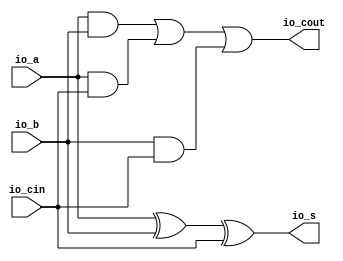
module FA( // @[:@3.2]
  output  io_s, // @[:@6.4]
  output  io_cout, // @[:@6.4]
  input   io_a, // @[:@6.4]
  input   io_b, // @[:@6.4]
  input   io_cin // @[:@6.4]
);
  wire  _T_15; // @[RA_Mul.scala 36:16:@8.4]
  wire  _T_17; // @[RA_Mul.scala 37:20:@11.4]
  wire  _T_18; // @[RA_Mul.scala 37:36:@12.4]
  wire  _T_19; // @[RA_Mul.scala 37:28:@13.4]
  wire  _T_20; // @[RA_Mul.scala 37:54:@14.4]
  assign _T_15 = io_a ^ io_b; // @[RA_Mul.scala 36:16:@8.4]
  assign _T_17 = io_a & io_b; // @[RA_Mul.scala 37:20:@11.4]
  assign _T_18 = io_a & io_cin; // @[RA_Mul.scala 37:36:@12.4]
  assign _T_19 = _T_17 | _T_18; // @[RA_Mul.scala 37:28:@13.4]
  assign _T_20 = io_b & io_cin; // @[RA_Mul.scala 37:54:@14.4]
  assign io_s = _T_15 ^ io_cin; // @[RA_Mul.scala 36:8:@10.4]
  assign io_cout = _T_19 | _T_20; // @[RA_Mul.scala 37:11:@16.4]
endmodule
module RCA( // @[:@78.2]
  input  [4:0] io_A, // @[:@81.4]
  input  [4:0] io_B, // @[:@81.4]
  input        io_Cin, // @[:@81.4]
  output       io_Cout, // @[:@81.4]
  output [4:0] io_S // @[:@81.4]
);
  wire  FAs_0_io_s; // @[CSLA28.scala 39:35:@83.4]
  wire  FAs_0_io_cout; // @[CSLA28.scala 39:35:@83.4]
  wire  FAs_0_io_a; // @[CSLA28.scala 39:35:@83.4]
  wire  FAs_0_io_b; // @[CSLA28.scala 39:35:@83.4]
  wire  FAs_0_io_cin; // @[CSLA28.scala 39:35:@83.4]
  wire  FAs_1_io_s; // @[CSLA28.scala 39:35:@86.4]
  wire  FAs_1_io_cout; // @[CSLA28.scala 39:35:@86.4]
  wire  FAs_1_io_a; // @[CSLA28.scala 39:35:@86.4]
  wire  FAs_1_io_b; // @[CSLA28.scala 39:35:@86.4]
  wire  FAs_1_io_cin; // @[CSLA28.scala 39:35:@86.4]
  wire  FAs_2_io_s; // @[CSLA28.scala 39:35:@89.4]
  wire  FAs_2_io_cout; // @[CSLA28.scala 39:35:@89.4]
  wire  FAs_2_io_a; // @[CSLA28.scala 39:35:@89.4]
  wire  FAs_2_io_b; // @[CSLA28.scala 39:35:@89.4]
  wire  FAs_2_io_cin; // @[CSLA28.scala 39:35:@89.4]
  wire  FAs_3_io_s; // @[CSLA28.scala 39:35:@92.4]
  wire  FAs_3_io_cout; // @[CSLA28.scala 39:35:@92.4]
  wire  FAs_3_io_a; // @[CSLA28.scala 39:35:@92.4]
  wire  FAs_3_io_b; // @[CSLA28.scala 39:35:@92.4]
  wire  FAs_3_io_cin; // @[CSLA28.scala 39:35:@92.4]
  wire  FAs_4_io_s; // @[CSLA28.scala 39:35:@95.4]
  wire  FAs_4_io_cout; // @[CSLA28.scala 39:35:@95.4]
  wire  FAs_4_io_a; // @[CSLA28.scala 39:35:@95.4]
  wire  FAs_4_io_b; // @[CSLA28.scala 39:35:@95.4]
  wire  FAs_4_io_cin; // @[CSLA28.scala 39:35:@95.4]
  wire  S_v_1; // @[CSLA28.scala 40:17:@98.4 CSLA28.scala 49:12:@110.4]
  wire  S_v_0; // @[CSLA28.scala 40:17:@98.4 CSLA28.scala 44:10:@104.4]
  wire [1:0] _T_35; // @[CSLA28.scala 51:15:@129.4]
  wire  S_v_4; // @[CSLA28.scala 40:17:@98.4 CSLA28.scala 49:12:@128.4]
  wire  S_v_3; // @[CSLA28.scala 40:17:@98.4 CSLA28.scala 49:12:@122.4]
  wire [1:0] _T_36; // @[CSLA28.scala 51:15:@130.4]
  wire  S_v_2; // @[CSLA28.scala 40:17:@98.4 CSLA28.scala 49:12:@116.4]
  wire [2:0] _T_37; // @[CSLA28.scala 51:15:@131.4]
  FA FAs_0 ( // @[CSLA28.scala 39:35:@83.4]
    .io_s(FAs_0_io_s),
    .io_cout(FAs_0_io_cout),
    .io_a(FAs_0_io_a),
    .io_b(FAs_0_io_b),
    .io_cin(FAs_0_io_cin)
  );
  FA FAs_1 ( // @[CSLA28.scala 39:35:@86.4]
    .io_s(FAs_1_io_s),
    .io_cout(FAs_1_io_cout),
    .io_a(FAs_1_io_a),
    .io_b(FAs_1_io_b),
    .io_cin(FAs_1_io_cin)
  );
  FA FAs_2 ( // @[CSLA28.scala 39:35:@89.4]
    .io_s(FAs_2_io_s),
    .io_cout(FAs_2_io_cout),
    .io_a(FAs_2_io_a),
    .io_b(FAs_2_io_b),
    .io_cin(FAs_2_io_cin)
  );
  FA FAs_3 ( // @[CSLA28.scala 39:35:@92.4]
    .io_s(FAs_3_io_s),
    .io_cout(FAs_3_io_cout),
    .io_a(FAs_3_io_a),
    .io_b(FAs_3_io_b),
    .io_cin(FAs_3_io_cin)
  );
  FA FAs_4 ( // @[CSLA28.scala 39:35:@95.4]
    .io_s(FAs_4_io_s),
    .io_cout(FAs_4_io_cout),
    .io_a(FAs_4_io_a),
    .io_b(FAs_4_io_b),
    .io_cin(FAs_4_io_cin)
  );
  assign S_v_1 = FAs_1_io_s; // @[CSLA28.scala 40:17:@98.4 CSLA28.scala 49:12:@110.4]
  assign S_v_0 = FAs_0_io_s; // @[CSLA28.scala 40:17:@98.4 CSLA28.scala 44:10:@104.4]
  assign _T_35 = {S_v_1,S_v_0}; // @[CSLA28.scala 51:15:@129.4]
  assign S_v_4 = FAs_4_io_s; // @[CSLA28.scala 40:17:@98.4 CSLA28.scala 49:12:@128.4]
  assign S_v_3 = FAs_3_io_s; // @[CSLA28.scala 40:17:@98.4 CSLA28.scala 49:12:@122.4]
  assign _T_36 = {S_v_4,S_v_3}; // @[CSLA28.scala 51:15:@130.4]
  assign S_v_2 = FAs_2_io_s; // @[CSLA28.scala 40:17:@98.4 CSLA28.scala 49:12:@116.4]
  assign _T_37 = {_T_36,S_v_2}; // @[CSLA28.scala 51:15:@131.4]
  assign io_Cout = FAs_4_io_cout; // @[CSLA28.scala 52:11:@134.4]
  assign io_S = {_T_37,_T_35}; // @[CSLA28.scala 51:8:@133.4]
  assign FAs_0_io_a = io_A[0]; // @[CSLA28.scala 41:15:@100.4]
  assign FAs_0_io_b = io_B[0]; // @[CSLA28.scala 42:15:@102.4]
  assign FAs_0_io_cin = io_Cin; // @[CSLA28.scala 43:17:@103.4]
  assign FAs_1_io_a = io_A[1]; // @[CSLA28.scala 46:17:@106.4]
  assign FAs_1_io_b = io_B[1]; // @[CSLA28.scala 47:17:@108.4]
  assign FAs_1_io_cin = FAs_0_io_cout; // @[CSLA28.scala 48:19:@109.4]
  assign FAs_2_io_a = io_A[2]; // @[CSLA28.scala 46:17:@112.4]
  assign FAs_2_io_b = io_B[2]; // @[CSLA28.scala 47:17:@114.4]
  assign FAs_2_io_cin = FAs_1_io_cout; // @[CSLA28.scala 48:19:@115.4]
  assign FAs_3_io_a = io_A[3]; // @[CSLA28.scala 46:17:@118.4]
  assign FAs_3_io_b = io_B[3]; // @[CSLA28.scala 47:17:@120.4]
  assign FAs_3_io_cin = FAs_2_io_cout; // @[CSLA28.scala 48:19:@121.4]
  assign FAs_4_io_a = io_A[4]; // @[CSLA28.scala 46:17:@124.4]
  assign FAs_4_io_b = io_B[4]; // @[CSLA28.scala 47:17:@126.4]
  assign FAs_4_io_cin = FAs_3_io_cout; // @[CSLA28.scala 48:19:@127.4]
endmodule
module CSLABlock( // @[:@402.2]
  input  [4:0] io_A, // @[:@405.4]
  input  [4:0] io_B, // @[:@405.4]
  input        io_Cin, // @[:@405.4]
  output       io_Cout, // @[:@405.4]
  output [4:0] io_S // @[:@405.4]
);
  wire [4:0] RCA_io_A; // @[CSLA28.scala 57:21:@411.4]
  wire [4:0] RCA_io_B; // @[CSLA28.scala 57:21:@411.4]
  wire  RCA_io_Cin; // @[CSLA28.scala 57:21:@411.4]
  wire  RCA_io_Cout; // @[CSLA28.scala 57:21:@411.4]
  wire [4:0] RCA_io_S; // @[CSLA28.scala 57:21:@411.4]
  wire [4:0] RCA_1_io_A; // @[CSLA28.scala 57:21:@419.4]
  wire [4:0] RCA_1_io_B; // @[CSLA28.scala 57:21:@419.4]
  wire  RCA_1_io_Cin; // @[CSLA28.scala 57:21:@419.4]
  wire  RCA_1_io_Cout; // @[CSLA28.scala 57:21:@419.4]
  wire [4:0] RCA_1_io_S; // @[CSLA28.scala 57:21:@419.4]
  wire [4:0] S_1; // @[CSLA28.scala 75:17:@408.4 CSLA28.scala 61:7:@425.4]
  wire [4:0] S_0; // @[CSLA28.scala 74:17:@407.4 CSLA28.scala 61:7:@417.4]
  wire  p; // @[CSLA28.scala 77:15:@410.4 CSLA28.scala 62:10:@426.4]
  wire  _T_22; // @[CSLA28.scala 81:17:@429.4]
  wire  g; // @[CSLA28.scala 76:15:@409.4 CSLA28.scala 62:10:@418.4]
  RCA RCA ( // @[CSLA28.scala 57:21:@411.4]
    .io_A(RCA_io_A),
    .io_B(RCA_io_B),
    .io_Cin(RCA_io_Cin),
    .io_Cout(RCA_io_Cout),
    .io_S(RCA_io_S)
  );
  RCA RCA_1 ( // @[CSLA28.scala 57:21:@419.4]
    .io_A(RCA_1_io_A),
    .io_B(RCA_1_io_B),
    .io_Cin(RCA_1_io_Cin),
    .io_Cout(RCA_1_io_Cout),
    .io_S(RCA_1_io_S)
  );
  assign S_1 = RCA_1_io_S; // @[CSLA28.scala 75:17:@408.4 CSLA28.scala 61:7:@425.4]
  assign S_0 = RCA_io_S; // @[CSLA28.scala 74:17:@407.4 CSLA28.scala 61:7:@417.4]
  assign p = RCA_1_io_Cout; // @[CSLA28.scala 77:15:@410.4 CSLA28.scala 62:10:@426.4]
  assign _T_22 = p & io_Cin; // @[CSLA28.scala 81:17:@429.4]
  assign g = RCA_io_Cout; // @[CSLA28.scala 76:15:@409.4 CSLA28.scala 62:10:@418.4]
  assign io_Cout = _T_22 | g; // @[CSLA28.scala 81:11:@431.4]
  assign io_S = io_Cin ? S_1 : S_0; // @[CSLA28.scala 80:8:@428.4]
  assign RCA_io_A = io_A; // @[CSLA28.scala 58:14:@414.4]
  assign RCA_io_B = io_B; // @[CSLA28.scala 59:14:@415.4]
  assign RCA_io_Cin = 1'h0; // @[CSLA28.scala 60:16:@416.4]
  assign RCA_1_io_A = io_A; // @[CSLA28.scala 58:14:@422.4]
  assign RCA_1_io_B = io_B; // @[CSLA28.scala 59:14:@423.4]
  assign RCA_1_io_Cin = 1'h1; // @[CSLA28.scala 60:16:@424.4]
endmodule
module RCA_3( // @[:@523.2]
  input  [5:0] io_A, // @[:@526.4]
  input  [5:0] io_B, // @[:@526.4]
  input        io_Cin, // @[:@526.4]
  output       io_Cout, // @[:@526.4]
  output [5:0] io_S // @[:@526.4]
);
  wire  FAs_0_io_s; // @[CSLA28.scala 39:35:@528.4]
  wire  FAs_0_io_cout; // @[CSLA28.scala 39:35:@528.4]
  wire  FAs_0_io_a; // @[CSLA28.scala 39:35:@528.4]
  wire  FAs_0_io_b; // @[CSLA28.scala 39:35:@528.4]
  wire  FAs_0_io_cin; // @[CSLA28.scala 39:35:@528.4]
  wire  FAs_1_io_s; // @[CSLA28.scala 39:35:@531.4]
  wire  FAs_1_io_cout; // @[CSLA28.scala 39:35:@531.4]
  wire  FAs_1_io_a; // @[CSLA28.scala 39:35:@531.4]
  wire  FAs_1_io_b; // @[CSLA28.scala 39:35:@531.4]
  wire  FAs_1_io_cin; // @[CSLA28.scala 39:35:@531.4]
  wire  FAs_2_io_s; // @[CSLA28.scala 39:35:@534.4]
  wire  FAs_2_io_cout; // @[CSLA28.scala 39:35:@534.4]
  wire  FAs_2_io_a; // @[CSLA28.scala 39:35:@534.4]
  wire  FAs_2_io_b; // @[CSLA28.scala 39:35:@534.4]
  wire  FAs_2_io_cin; // @[CSLA28.scala 39:35:@534.4]
  wire  FAs_3_io_s; // @[CSLA28.scala 39:35:@537.4]
  wire  FAs_3_io_cout; // @[CSLA28.scala 39:35:@537.4]
  wire  FAs_3_io_a; // @[CSLA28.scala 39:35:@537.4]
  wire  FAs_3_io_b; // @[CSLA28.scala 39:35:@537.4]
  wire  FAs_3_io_cin; // @[CSLA28.scala 39:35:@537.4]
  wire  FAs_4_io_s; // @[CSLA28.scala 39:35:@540.4]
  wire  FAs_4_io_cout; // @[CSLA28.scala 39:35:@540.4]
  wire  FAs_4_io_a; // @[CSLA28.scala 39:35:@540.4]
  wire  FAs_4_io_b; // @[CSLA28.scala 39:35:@540.4]
  wire  FAs_4_io_cin; // @[CSLA28.scala 39:35:@540.4]
  wire  FAs_5_io_s; // @[CSLA28.scala 39:35:@543.4]
  wire  FAs_5_io_cout; // @[CSLA28.scala 39:35:@543.4]
  wire  FAs_5_io_a; // @[CSLA28.scala 39:35:@543.4]
  wire  FAs_5_io_b; // @[CSLA28.scala 39:35:@543.4]
  wire  FAs_5_io_cin; // @[CSLA28.scala 39:35:@543.4]
  wire  S_v_2; // @[CSLA28.scala 40:17:@546.4 CSLA28.scala 49:12:@564.4]
  wire  S_v_1; // @[CSLA28.scala 40:17:@546.4 CSLA28.scala 49:12:@558.4]
  wire [1:0] _T_38; // @[CSLA28.scala 51:15:@583.4]
  wire  S_v_0; // @[CSLA28.scala 40:17:@546.4 CSLA28.scala 44:10:@552.4]
  wire [2:0] _T_39; // @[CSLA28.scala 51:15:@584.4]
  wire  S_v_5; // @[CSLA28.scala 40:17:@546.4 CSLA28.scala 49:12:@582.4]
  wire  S_v_4; // @[CSLA28.scala 40:17:@546.4 CSLA28.scala 49:12:@576.4]
  wire [1:0] _T_40; // @[CSLA28.scala 51:15:@585.4]
  wire  S_v_3; // @[CSLA28.scala 40:17:@546.4 CSLA28.scala 49:12:@570.4]
  wire [2:0] _T_41; // @[CSLA28.scala 51:15:@586.4]
  FA FAs_0 ( // @[CSLA28.scala 39:35:@528.4]
    .io_s(FAs_0_io_s),
    .io_cout(FAs_0_io_cout),
    .io_a(FAs_0_io_a),
    .io_b(FAs_0_io_b),
    .io_cin(FAs_0_io_cin)
  );
  FA FAs_1 ( // @[CSLA28.scala 39:35:@531.4]
    .io_s(FAs_1_io_s),
    .io_cout(FAs_1_io_cout),
    .io_a(FAs_1_io_a),
    .io_b(FAs_1_io_b),
    .io_cin(FAs_1_io_cin)
  );
  FA FAs_2 ( // @[CSLA28.scala 39:35:@534.4]
    .io_s(FAs_2_io_s),
    .io_cout(FAs_2_io_cout),
    .io_a(FAs_2_io_a),
    .io_b(FAs_2_io_b),
    .io_cin(FAs_2_io_cin)
  );
  FA FAs_3 ( // @[CSLA28.scala 39:35:@537.4]
    .io_s(FAs_3_io_s),
    .io_cout(FAs_3_io_cout),
    .io_a(FAs_3_io_a),
    .io_b(FAs_3_io_b),
    .io_cin(FAs_3_io_cin)
  );
  FA FAs_4 ( // @[CSLA28.scala 39:35:@540.4]
    .io_s(FAs_4_io_s),
    .io_cout(FAs_4_io_cout),
    .io_a(FAs_4_io_a),
    .io_b(FAs_4_io_b),
    .io_cin(FAs_4_io_cin)
  );
  FA FAs_5 ( // @[CSLA28.scala 39:35:@543.4]
    .io_s(FAs_5_io_s),
    .io_cout(FAs_5_io_cout),
    .io_a(FAs_5_io_a),
    .io_b(FAs_5_io_b),
    .io_cin(FAs_5_io_cin)
  );
  assign S_v_2 = FAs_2_io_s; // @[CSLA28.scala 40:17:@546.4 CSLA28.scala 49:12:@564.4]
  assign S_v_1 = FAs_1_io_s; // @[CSLA28.scala 40:17:@546.4 CSLA28.scala 49:12:@558.4]
  assign _T_38 = {S_v_2,S_v_1}; // @[CSLA28.scala 51:15:@583.4]
  assign S_v_0 = FAs_0_io_s; // @[CSLA28.scala 40:17:@546.4 CSLA28.scala 44:10:@552.4]
  assign _T_39 = {_T_38,S_v_0}; // @[CSLA28.scala 51:15:@584.4]
  assign S_v_5 = FAs_5_io_s; // @[CSLA28.scala 40:17:@546.4 CSLA28.scala 49:12:@582.4]
  assign S_v_4 = FAs_4_io_s; // @[CSLA28.scala 40:17:@546.4 CSLA28.scala 49:12:@576.4]
  assign _T_40 = {S_v_5,S_v_4}; // @[CSLA28.scala 51:15:@585.4]
  assign S_v_3 = FAs_3_io_s; // @[CSLA28.scala 40:17:@546.4 CSLA28.scala 49:12:@570.4]
  assign _T_41 = {_T_40,S_v_3}; // @[CSLA28.scala 51:15:@586.4]
  assign io_Cout = FAs_5_io_cout; // @[CSLA28.scala 52:11:@589.4]
  assign io_S = {_T_41,_T_39}; // @[CSLA28.scala 51:8:@588.4]
  assign FAs_0_io_a = io_A[0]; // @[CSLA28.scala 41:15:@548.4]
  assign FAs_0_io_b = io_B[0]; // @[CSLA28.scala 42:15:@550.4]
  assign FAs_0_io_cin = io_Cin; // @[CSLA28.scala 43:17:@551.4]
  assign FAs_1_io_a = io_A[1]; // @[CSLA28.scala 46:17:@554.4]
  assign FAs_1_io_b = io_B[1]; // @[CSLA28.scala 47:17:@556.4]
  assign FAs_1_io_cin = FAs_0_io_cout; // @[CSLA28.scala 48:19:@557.4]
  assign FAs_2_io_a = io_A[2]; // @[CSLA28.scala 46:17:@560.4]
  assign FAs_2_io_b = io_B[2]; // @[CSLA28.scala 47:17:@562.4]
  assign FAs_2_io_cin = FAs_1_io_cout; // @[CSLA28.scala 48:19:@563.4]
  assign FAs_3_io_a = io_A[3]; // @[CSLA28.scala 46:17:@566.4]
  assign FAs_3_io_b = io_B[3]; // @[CSLA28.scala 47:17:@568.4]
  assign FAs_3_io_cin = FAs_2_io_cout; // @[CSLA28.scala 48:19:@569.4]
  assign FAs_4_io_a = io_A[4]; // @[CSLA28.scala 46:17:@572.4]
  assign FAs_4_io_b = io_B[4]; // @[CSLA28.scala 47:17:@574.4]
  assign FAs_4_io_cin = FAs_3_io_cout; // @[CSLA28.scala 48:19:@575.4]
  assign FAs_5_io_a = io_A[5]; // @[CSLA28.scala 46:17:@578.4]
  assign FAs_5_io_b = io_B[5]; // @[CSLA28.scala 47:17:@580.4]
  assign FAs_5_io_cin = FAs_4_io_cout; // @[CSLA28.scala 48:19:@581.4]
endmodule
module CSLABlock_1( // @[:@749.2]
  input  [5:0] io_A, // @[:@752.4]
  input  [5:0] io_B, // @[:@752.4]
  input        io_Cin, // @[:@752.4]
  output       io_Cout, // @[:@752.4]
  output [5:0] io_S // @[:@752.4]
);
  wire [5:0] RCA_io_A; // @[CSLA28.scala 57:21:@758.4]
  wire [5:0] RCA_io_B; // @[CSLA28.scala 57:21:@758.4]
  wire  RCA_io_Cin; // @[CSLA28.scala 57:21:@758.4]
  wire  RCA_io_Cout; // @[CSLA28.scala 57:21:@758.4]
  wire [5:0] RCA_io_S; // @[CSLA28.scala 57:21:@758.4]
  wire [5:0] RCA_1_io_A; // @[CSLA28.scala 57:21:@766.4]
  wire [5:0] RCA_1_io_B; // @[CSLA28.scala 57:21:@766.4]
  wire  RCA_1_io_Cin; // @[CSLA28.scala 57:21:@766.4]
  wire  RCA_1_io_Cout; // @[CSLA28.scala 57:21:@766.4]
  wire [5:0] RCA_1_io_S; // @[CSLA28.scala 57:21:@766.4]
  wire [5:0] S_1; // @[CSLA28.scala 75:17:@755.4 CSLA28.scala 61:7:@772.4]
  wire [5:0] S_0; // @[CSLA28.scala 74:17:@754.4 CSLA28.scala 61:7:@764.4]
  wire  p; // @[CSLA28.scala 77:15:@757.4 CSLA28.scala 62:10:@773.4]
  wire  _T_22; // @[CSLA28.scala 81:17:@776.4]
  wire  g; // @[CSLA28.scala 76:15:@756.4 CSLA28.scala 62:10:@765.4]
  RCA_3 RCA ( // @[CSLA28.scala 57:21:@758.4]
    .io_A(RCA_io_A),
    .io_B(RCA_io_B),
    .io_Cin(RCA_io_Cin),
    .io_Cout(RCA_io_Cout),
    .io_S(RCA_io_S)
  );
  RCA_3 RCA_1 ( // @[CSLA28.scala 57:21:@766.4]
    .io_A(RCA_1_io_A),
    .io_B(RCA_1_io_B),
    .io_Cin(RCA_1_io_Cin),
    .io_Cout(RCA_1_io_Cout),
    .io_S(RCA_1_io_S)
  );
  assign S_1 = RCA_1_io_S; // @[CSLA28.scala 75:17:@755.4 CSLA28.scala 61:7:@772.4]
  assign S_0 = RCA_io_S; // @[CSLA28.scala 74:17:@754.4 CSLA28.scala 61:7:@764.4]
  assign p = RCA_1_io_Cout; // @[CSLA28.scala 77:15:@757.4 CSLA28.scala 62:10:@773.4]
  assign _T_22 = p & io_Cin; // @[CSLA28.scala 81:17:@776.4]
  assign g = RCA_io_Cout; // @[CSLA28.scala 76:15:@756.4 CSLA28.scala 62:10:@765.4]
  assign io_Cout = _T_22 | g; // @[CSLA28.scala 81:11:@778.4]
  assign io_S = io_Cin ? S_1 : S_0; // @[CSLA28.scala 80:8:@775.4]
  assign RCA_io_A = io_A; // @[CSLA28.scala 58:14:@761.4]
  assign RCA_io_B = io_B; // @[CSLA28.scala 59:14:@762.4]
  assign RCA_io_Cin = 1'h0; // @[CSLA28.scala 60:16:@763.4]
  assign RCA_1_io_A = io_A; // @[CSLA28.scala 58:14:@769.4]
  assign RCA_1_io_B = io_B; // @[CSLA28.scala 59:14:@770.4]
  assign RCA_1_io_Cin = 1'h1; // @[CSLA28.scala 60:16:@771.4]
endmodule
module RCA_5( // @[:@885.2]
  input  [6:0] io_A, // @[:@888.4]
  input  [6:0] io_B, // @[:@888.4]
  input        io_Cin, // @[:@888.4]
  output       io_Cout, // @[:@888.4]
  output [6:0] io_S // @[:@888.4]
);
  wire  FAs_0_io_s; // @[CSLA28.scala 39:35:@890.4]
  wire  FAs_0_io_cout; // @[CSLA28.scala 39:35:@890.4]
  wire  FAs_0_io_a; // @[CSLA28.scala 39:35:@890.4]
  wire  FAs_0_io_b; // @[CSLA28.scala 39:35:@890.4]
  wire  FAs_0_io_cin; // @[CSLA28.scala 39:35:@890.4]
  wire  FAs_1_io_s; // @[CSLA28.scala 39:35:@893.4]
  wire  FAs_1_io_cout; // @[CSLA28.scala 39:35:@893.4]
  wire  FAs_1_io_a; // @[CSLA28.scala 39:35:@893.4]
  wire  FAs_1_io_b; // @[CSLA28.scala 39:35:@893.4]
  wire  FAs_1_io_cin; // @[CSLA28.scala 39:35:@893.4]
  wire  FAs_2_io_s; // @[CSLA28.scala 39:35:@896.4]
  wire  FAs_2_io_cout; // @[CSLA28.scala 39:35:@896.4]
  wire  FAs_2_io_a; // @[CSLA28.scala 39:35:@896.4]
  wire  FAs_2_io_b; // @[CSLA28.scala 39:35:@896.4]
  wire  FAs_2_io_cin; // @[CSLA28.scala 39:35:@896.4]
  wire  FAs_3_io_s; // @[CSLA28.scala 39:35:@899.4]
  wire  FAs_3_io_cout; // @[CSLA28.scala 39:35:@899.4]
  wire  FAs_3_io_a; // @[CSLA28.scala 39:35:@899.4]
  wire  FAs_3_io_b; // @[CSLA28.scala 39:35:@899.4]
  wire  FAs_3_io_cin; // @[CSLA28.scala 39:35:@899.4]
  wire  FAs_4_io_s; // @[CSLA28.scala 39:35:@902.4]
  wire  FAs_4_io_cout; // @[CSLA28.scala 39:35:@902.4]
  wire  FAs_4_io_a; // @[CSLA28.scala 39:35:@902.4]
  wire  FAs_4_io_b; // @[CSLA28.scala 39:35:@902.4]
  wire  FAs_4_io_cin; // @[CSLA28.scala 39:35:@902.4]
  wire  FAs_5_io_s; // @[CSLA28.scala 39:35:@905.4]
  wire  FAs_5_io_cout; // @[CSLA28.scala 39:35:@905.4]
  wire  FAs_5_io_a; // @[CSLA28.scala 39:35:@905.4]
  wire  FAs_5_io_b; // @[CSLA28.scala 39:35:@905.4]
  wire  FAs_5_io_cin; // @[CSLA28.scala 39:35:@905.4]
  wire  FAs_6_io_s; // @[CSLA28.scala 39:35:@908.4]
  wire  FAs_6_io_cout; // @[CSLA28.scala 39:35:@908.4]
  wire  FAs_6_io_a; // @[CSLA28.scala 39:35:@908.4]
  wire  FAs_6_io_b; // @[CSLA28.scala 39:35:@908.4]
  wire  FAs_6_io_cin; // @[CSLA28.scala 39:35:@908.4]
  wire  S_v_2; // @[CSLA28.scala 40:17:@911.4 CSLA28.scala 49:12:@929.4]
  wire  S_v_1; // @[CSLA28.scala 40:17:@911.4 CSLA28.scala 49:12:@923.4]
  wire [1:0] _T_41; // @[CSLA28.scala 51:15:@954.4]
  wire  S_v_0; // @[CSLA28.scala 40:17:@911.4 CSLA28.scala 44:10:@917.4]
  wire [2:0] _T_42; // @[CSLA28.scala 51:15:@955.4]
  wire  S_v_4; // @[CSLA28.scala 40:17:@911.4 CSLA28.scala 49:12:@941.4]
  wire  S_v_3; // @[CSLA28.scala 40:17:@911.4 CSLA28.scala 49:12:@935.4]
  wire [1:0] _T_43; // @[CSLA28.scala 51:15:@956.4]
  wire  S_v_6; // @[CSLA28.scala 40:17:@911.4 CSLA28.scala 49:12:@953.4]
  wire  S_v_5; // @[CSLA28.scala 40:17:@911.4 CSLA28.scala 49:12:@947.4]
  wire [1:0] _T_44; // @[CSLA28.scala 51:15:@957.4]
  wire [3:0] _T_45; // @[CSLA28.scala 51:15:@958.4]
  FA FAs_0 ( // @[CSLA28.scala 39:35:@890.4]
    .io_s(FAs_0_io_s),
    .io_cout(FAs_0_io_cout),
    .io_a(FAs_0_io_a),
    .io_b(FAs_0_io_b),
    .io_cin(FAs_0_io_cin)
  );
  FA FAs_1 ( // @[CSLA28.scala 39:35:@893.4]
    .io_s(FAs_1_io_s),
    .io_cout(FAs_1_io_cout),
    .io_a(FAs_1_io_a),
    .io_b(FAs_1_io_b),
    .io_cin(FAs_1_io_cin)
  );
  FA FAs_2 ( // @[CSLA28.scala 39:35:@896.4]
    .io_s(FAs_2_io_s),
    .io_cout(FAs_2_io_cout),
    .io_a(FAs_2_io_a),
    .io_b(FAs_2_io_b),
    .io_cin(FAs_2_io_cin)
  );
  FA FAs_3 ( // @[CSLA28.scala 39:35:@899.4]
    .io_s(FAs_3_io_s),
    .io_cout(FAs_3_io_cout),
    .io_a(FAs_3_io_a),
    .io_b(FAs_3_io_b),
    .io_cin(FAs_3_io_cin)
  );
  FA FAs_4 ( // @[CSLA28.scala 39:35:@902.4]
    .io_s(FAs_4_io_s),
    .io_cout(FAs_4_io_cout),
    .io_a(FAs_4_io_a),
    .io_b(FAs_4_io_b),
    .io_cin(FAs_4_io_cin)
  );
  FA FAs_5 ( // @[CSLA28.scala 39:35:@905.4]
    .io_s(FAs_5_io_s),
    .io_cout(FAs_5_io_cout),
    .io_a(FAs_5_io_a),
    .io_b(FAs_5_io_b),
    .io_cin(FAs_5_io_cin)
  );
  FA FAs_6 ( // @[CSLA28.scala 39:35:@908.4]
    .io_s(FAs_6_io_s),
    .io_cout(FAs_6_io_cout),
    .io_a(FAs_6_io_a),
    .io_b(FAs_6_io_b),
    .io_cin(FAs_6_io_cin)
  );
  assign S_v_2 = FAs_2_io_s; // @[CSLA28.scala 40:17:@911.4 CSLA28.scala 49:12:@929.4]
  assign S_v_1 = FAs_1_io_s; // @[CSLA28.scala 40:17:@911.4 CSLA28.scala 49:12:@923.4]
  assign _T_41 = {S_v_2,S_v_1}; // @[CSLA28.scala 51:15:@954.4]
  assign S_v_0 = FAs_0_io_s; // @[CSLA28.scala 40:17:@911.4 CSLA28.scala 44:10:@917.4]
  assign _T_42 = {_T_41,S_v_0}; // @[CSLA28.scala 51:15:@955.4]
  assign S_v_4 = FAs_4_io_s; // @[CSLA28.scala 40:17:@911.4 CSLA28.scala 49:12:@941.4]
  assign S_v_3 = FAs_3_io_s; // @[CSLA28.scala 40:17:@911.4 CSLA28.scala 49:12:@935.4]
  assign _T_43 = {S_v_4,S_v_3}; // @[CSLA28.scala 51:15:@956.4]
  assign S_v_6 = FAs_6_io_s; // @[CSLA28.scala 40:17:@911.4 CSLA28.scala 49:12:@953.4]
  assign S_v_5 = FAs_5_io_s; // @[CSLA28.scala 40:17:@911.4 CSLA28.scala 49:12:@947.4]
  assign _T_44 = {S_v_6,S_v_5}; // @[CSLA28.scala 51:15:@957.4]
  assign _T_45 = {_T_44,_T_43}; // @[CSLA28.scala 51:15:@958.4]
  assign io_Cout = FAs_6_io_cout; // @[CSLA28.scala 52:11:@961.4]
  assign io_S = {_T_45,_T_42}; // @[CSLA28.scala 51:8:@960.4]
  assign FAs_0_io_a = io_A[0]; // @[CSLA28.scala 41:15:@913.4]
  assign FAs_0_io_b = io_B[0]; // @[CSLA28.scala 42:15:@915.4]
  assign FAs_0_io_cin = io_Cin; // @[CSLA28.scala 43:17:@916.4]
  assign FAs_1_io_a = io_A[1]; // @[CSLA28.scala 46:17:@919.4]
  assign FAs_1_io_b = io_B[1]; // @[CSLA28.scala 47:17:@921.4]
  assign FAs_1_io_cin = FAs_0_io_cout; // @[CSLA28.scala 48:19:@922.4]
  assign FAs_2_io_a = io_A[2]; // @[CSLA28.scala 46:17:@925.4]
  assign FAs_2_io_b = io_B[2]; // @[CSLA28.scala 47:17:@927.4]
  assign FAs_2_io_cin = FAs_1_io_cout; // @[CSLA28.scala 48:19:@928.4]
  assign FAs_3_io_a = io_A[3]; // @[CSLA28.scala 46:17:@931.4]
  assign FAs_3_io_b = io_B[3]; // @[CSLA28.scala 47:17:@933.4]
  assign FAs_3_io_cin = FAs_2_io_cout; // @[CSLA28.scala 48:19:@934.4]
  assign FAs_4_io_a = io_A[4]; // @[CSLA28.scala 46:17:@937.4]
  assign FAs_4_io_b = io_B[4]; // @[CSLA28.scala 47:17:@939.4]
  assign FAs_4_io_cin = FAs_3_io_cout; // @[CSLA28.scala 48:19:@940.4]
  assign FAs_5_io_a = io_A[5]; // @[CSLA28.scala 46:17:@943.4]
  assign FAs_5_io_b = io_B[5]; // @[CSLA28.scala 47:17:@945.4]
  assign FAs_5_io_cin = FAs_4_io_cout; // @[CSLA28.scala 48:19:@946.4]
  assign FAs_6_io_a = io_A[6]; // @[CSLA28.scala 46:17:@949.4]
  assign FAs_6_io_b = io_B[6]; // @[CSLA28.scala 47:17:@951.4]
  assign FAs_6_io_cin = FAs_5_io_cout; // @[CSLA28.scala 48:19:@952.4]
endmodule
module CSLABlock_2( // @[:@1146.2]
  input  [6:0] io_A, // @[:@1149.4]
  input  [6:0] io_B, // @[:@1149.4]
  input        io_Cin, // @[:@1149.4]
  output       io_Cout, // @[:@1149.4]
  output [6:0] io_S // @[:@1149.4]
);
  wire [6:0] RCA_io_A; // @[CSLA28.scala 57:21:@1155.4]
  wire [6:0] RCA_io_B; // @[CSLA28.scala 57:21:@1155.4]
  wire  RCA_io_Cin; // @[CSLA28.scala 57:21:@1155.4]
  wire  RCA_io_Cout; // @[CSLA28.scala 57:21:@1155.4]
  wire [6:0] RCA_io_S; // @[CSLA28.scala 57:21:@1155.4]
  wire [6:0] RCA_1_io_A; // @[CSLA28.scala 57:21:@1163.4]
  wire [6:0] RCA_1_io_B; // @[CSLA28.scala 57:21:@1163.4]
  wire  RCA_1_io_Cin; // @[CSLA28.scala 57:21:@1163.4]
  wire  RCA_1_io_Cout; // @[CSLA28.scala 57:21:@1163.4]
  wire [6:0] RCA_1_io_S; // @[CSLA28.scala 57:21:@1163.4]
  wire [6:0] S_1; // @[CSLA28.scala 75:17:@1152.4 CSLA28.scala 61:7:@1169.4]
  wire [6:0] S_0; // @[CSLA28.scala 74:17:@1151.4 CSLA28.scala 61:7:@1161.4]
  wire  p; // @[CSLA28.scala 77:15:@1154.4 CSLA28.scala 62:10:@1170.4]
  wire  _T_22; // @[CSLA28.scala 81:17:@1173.4]
  wire  g; // @[CSLA28.scala 76:15:@1153.4 CSLA28.scala 62:10:@1162.4]
  RCA_5 RCA ( // @[CSLA28.scala 57:21:@1155.4]
    .io_A(RCA_io_A),
    .io_B(RCA_io_B),
    .io_Cin(RCA_io_Cin),
    .io_Cout(RCA_io_Cout),
    .io_S(RCA_io_S)
  );
  RCA_5 RCA_1 ( // @[CSLA28.scala 57:21:@1163.4]
    .io_A(RCA_1_io_A),
    .io_B(RCA_1_io_B),
    .io_Cin(RCA_1_io_Cin),
    .io_Cout(RCA_1_io_Cout),
    .io_S(RCA_1_io_S)
  );
  assign S_1 = RCA_1_io_S; // @[CSLA28.scala 75:17:@1152.4 CSLA28.scala 61:7:@1169.4]
  assign S_0 = RCA_io_S; // @[CSLA28.scala 74:17:@1151.4 CSLA28.scala 61:7:@1161.4]
  assign p = RCA_1_io_Cout; // @[CSLA28.scala 77:15:@1154.4 CSLA28.scala 62:10:@1170.4]
  assign _T_22 = p & io_Cin; // @[CSLA28.scala 81:17:@1173.4]
  assign g = RCA_io_Cout; // @[CSLA28.scala 76:15:@1153.4 CSLA28.scala 62:10:@1162.4]
  assign io_Cout = _T_22 | g; // @[CSLA28.scala 81:11:@1175.4]
  assign io_S = io_Cin ? S_1 : S_0; // @[CSLA28.scala 80:8:@1172.4]
  assign RCA_io_A = io_A; // @[CSLA28.scala 58:14:@1158.4]
  assign RCA_io_B = io_B; // @[CSLA28.scala 59:14:@1159.4]
  assign RCA_io_Cin = 1'h0; // @[CSLA28.scala 60:16:@1160.4]
  assign RCA_1_io_A = io_A; // @[CSLA28.scala 58:14:@1166.4]
  assign RCA_1_io_B = io_B; // @[CSLA28.scala 59:14:@1167.4]
  assign RCA_1_io_Cin = 1'h1; // @[CSLA28.scala 60:16:@1168.4]
endmodule
module CSLA28( // @[:@1474.2]
  input         clock, // @[:@1475.4]
  input         reset, // @[:@1476.4]
  input  [27:0] io_A, // @[:@1477.4]
  input  [27:0] io_B, // @[:@1477.4]
  output [27:0] io_S // @[:@1477.4]
);
  wire [4:0] RCA_io_A; // @[CSLA28.scala 57:21:@1491.4]
  wire [4:0] RCA_io_B; // @[CSLA28.scala 57:21:@1491.4]
  wire  RCA_io_Cin; // @[CSLA28.scala 57:21:@1491.4]
  wire  RCA_io_Cout; // @[CSLA28.scala 57:21:@1491.4]
  wire [4:0] RCA_io_S; // @[CSLA28.scala 57:21:@1491.4]
  wire [4:0] CSLABlock_io_A; // @[CSLA28.scala 86:21:@1501.4]
  wire [4:0] CSLABlock_io_B; // @[CSLA28.scala 86:21:@1501.4]
  wire  CSLABlock_io_Cin; // @[CSLA28.scala 86:21:@1501.4]
  wire  CSLABlock_io_Cout; // @[CSLA28.scala 86:21:@1501.4]
  wire [4:0] CSLABlock_io_S; // @[CSLA28.scala 86:21:@1501.4]
  wire [5:0] CSLABlock_1_io_A; // @[CSLA28.scala 86:21:@1511.4]
  wire [5:0] CSLABlock_1_io_B; // @[CSLA28.scala 86:21:@1511.4]
  wire  CSLABlock_1_io_Cin; // @[CSLA28.scala 86:21:@1511.4]
  wire  CSLABlock_1_io_Cout; // @[CSLA28.scala 86:21:@1511.4]
  wire [5:0] CSLABlock_1_io_S; // @[CSLA28.scala 86:21:@1511.4]
  wire [6:0] CSLABlock_2_io_A; // @[CSLA28.scala 86:21:@1521.4]
  wire [6:0] CSLABlock_2_io_B; // @[CSLA28.scala 86:21:@1521.4]
  wire  CSLABlock_2_io_Cin; // @[CSLA28.scala 86:21:@1521.4]
  wire  CSLABlock_2_io_Cout; // @[CSLA28.scala 86:21:@1521.4]
  wire [6:0] CSLABlock_2_io_S; // @[CSLA28.scala 86:21:@1521.4]
  wire [4:0] CSLABlock_3_io_A; // @[CSLA28.scala 86:21:@1531.4]
  wire [4:0] CSLABlock_3_io_B; // @[CSLA28.scala 86:21:@1531.4]
  wire  CSLABlock_3_io_Cin; // @[CSLA28.scala 86:21:@1531.4]
  wire  CSLABlock_3_io_Cout; // @[CSLA28.scala 86:21:@1531.4]
  wire [4:0] CSLABlock_3_io_S; // @[CSLA28.scala 86:21:@1531.4]
  wire [4:0] S_1; // @[CSLA28.scala 102:17:@1480.4 CSLA28.scala 90:7:@1507.4]
  wire [4:0] S_0; // @[CSLA28.scala 101:17:@1479.4 CSLA28.scala 61:7:@1497.4]
  wire [9:0] _T_32; // @[Cat.scala 30:58:@1539.4]
  wire [4:0] S_4; // @[CSLA28.scala 105:17:@1483.4 CSLA28.scala 90:7:@1537.4]
  wire [6:0] S_3; // @[CSLA28.scala 104:17:@1482.4 CSLA28.scala 90:7:@1527.4]
  wire [11:0] _T_33; // @[Cat.scala 30:58:@1540.4]
  wire [5:0] S_2; // @[CSLA28.scala 103:17:@1481.4 CSLA28.scala 90:7:@1517.4]
  wire [17:0] _T_34; // @[Cat.scala 30:58:@1541.4]
  RCA RCA ( // @[CSLA28.scala 57:21:@1491.4]
    .io_A(RCA_io_A),
    .io_B(RCA_io_B),
    .io_Cin(RCA_io_Cin),
    .io_Cout(RCA_io_Cout),
    .io_S(RCA_io_S)
  );
  CSLABlock CSLABlock ( // @[CSLA28.scala 86:21:@1501.4]
    .io_A(CSLABlock_io_A),
    .io_B(CSLABlock_io_B),
    .io_Cin(CSLABlock_io_Cin),
    .io_Cout(CSLABlock_io_Cout),
    .io_S(CSLABlock_io_S)
  );
  CSLABlock_1 CSLABlock_1 ( // @[CSLA28.scala 86:21:@1511.4]
    .io_A(CSLABlock_1_io_A),
    .io_B(CSLABlock_1_io_B),
    .io_Cin(CSLABlock_1_io_Cin),
    .io_Cout(CSLABlock_1_io_Cout),
    .io_S(CSLABlock_1_io_S)
  );
  CSLABlock_2 CSLABlock_2 ( // @[CSLA28.scala 86:21:@1521.4]
    .io_A(CSLABlock_2_io_A),
    .io_B(CSLABlock_2_io_B),
    .io_Cin(CSLABlock_2_io_Cin),
    .io_Cout(CSLABlock_2_io_Cout),
    .io_S(CSLABlock_2_io_S)
  );
  CSLABlock CSLABlock_3 ( // @[CSLA28.scala 86:21:@1531.4]
    .io_A(CSLABlock_3_io_A),
    .io_B(CSLABlock_3_io_B),
    .io_Cin(CSLABlock_3_io_Cin),
    .io_Cout(CSLABlock_3_io_Cout),
    .io_S(CSLABlock_3_io_S)
  );
  assign S_1 = CSLABlock_io_S; // @[CSLA28.scala 102:17:@1480.4 CSLA28.scala 90:7:@1507.4]
  assign S_0 = RCA_io_S; // @[CSLA28.scala 101:17:@1479.4 CSLA28.scala 61:7:@1497.4]
  assign _T_32 = {S_1,S_0}; // @[Cat.scala 30:58:@1539.4]
  assign S_4 = CSLABlock_3_io_S; // @[CSLA28.scala 105:17:@1483.4 CSLA28.scala 90:7:@1537.4]
  assign S_3 = CSLABlock_2_io_S; // @[CSLA28.scala 104:17:@1482.4 CSLA28.scala 90:7:@1527.4]
  assign _T_33 = {S_4,S_3}; // @[Cat.scala 30:58:@1540.4]
  assign S_2 = CSLABlock_1_io_S; // @[CSLA28.scala 103:17:@1481.4 CSLA28.scala 90:7:@1517.4]
  assign _T_34 = {_T_33,S_2}; // @[Cat.scala 30:58:@1541.4]
  assign io_S = {_T_34,_T_32}; // @[CSLA28.scala 116:8:@1543.4]
  assign RCA_io_A = io_A[4:0]; // @[CSLA28.scala 58:14:@1494.4]
  assign RCA_io_B = io_B[4:0]; // @[CSLA28.scala 59:14:@1495.4]
  assign RCA_io_Cin = 1'h0; // @[CSLA28.scala 60:16:@1496.4]
  assign CSLABlock_io_A = io_A[9:5]; // @[CSLA28.scala 87:14:@1504.4]
  assign CSLABlock_io_B = io_B[9:5]; // @[CSLA28.scala 88:14:@1505.4]
  assign CSLABlock_io_Cin = RCA_io_Cout; // @[CSLA28.scala 89:16:@1506.4]
  assign CSLABlock_1_io_A = io_A[15:10]; // @[CSLA28.scala 87:14:@1514.4]
  assign CSLABlock_1_io_B = io_B[15:10]; // @[CSLA28.scala 88:14:@1515.4]
  assign CSLABlock_1_io_Cin = CSLABlock_io_Cout; // @[CSLA28.scala 89:16:@1516.4]
  assign CSLABlock_2_io_A = io_A[22:16]; // @[CSLA28.scala 87:14:@1524.4]
  assign CSLABlock_2_io_B = io_B[22:16]; // @[CSLA28.scala 88:14:@1525.4]
  assign CSLABlock_2_io_Cin = CSLABlock_1_io_Cout; // @[CSLA28.scala 89:16:@1526.4]
  assign CSLABlock_3_io_A = io_A[27:23]; // @[CSLA28.scala 87:14:@1534.4]
  assign CSLABlock_3_io_B = io_B[27:23]; // @[CSLA28.scala 88:14:@1535.4]
  assign CSLABlock_3_io_Cin = CSLABlock_2_io_Cout; // @[CSLA28.scala 89:16:@1536.4]
endmodule